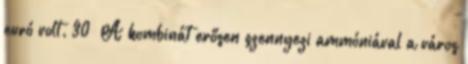
euró volt. 30 A kombinát erősen szennyezi ammóniával a város